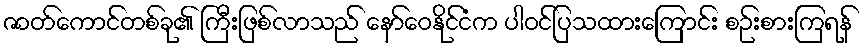
ဇာတ်ကောင်တစ်ခု၏ ကြီးဖြစ်လာသည် နော်ဝေနိုင်ငံက ပါဝင်ပြသထားကြောင်း စဉ်းစားကြရန်